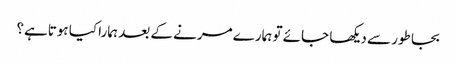
بجا طور سے دیکھا جائے تو ہمارے مرنے کے بعد ہمارا کیا ہوتاہے؟